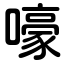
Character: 嚎